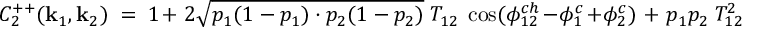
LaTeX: C _ { 2 } ^ { + + } ( { \bf k } _ { 1 } , { \bf k } _ { 2 } ) \ = \ 1 + \ 2 \sqrt { p _ { 1 } ( 1 - p _ { 1 } ) \cdot p _ { 2 } ( 1 - p _ { 2 } ) } \ T _ { 1 2 } \ \cos ( \phi _ { 1 2 } ^ { c h } - \phi _ { 1 } ^ { c } + \phi _ { 2 } ^ { c } ) \ + \ p _ { 1 } p _ { 2 } \ T _ { 1 2 } ^ { 2 }